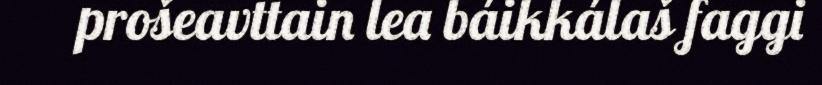
prošeavttain lea báikkálaš faggi